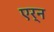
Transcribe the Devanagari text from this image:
एर्न